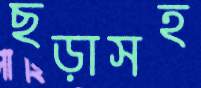
ছড়াসহ